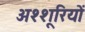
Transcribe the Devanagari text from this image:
अश्शूरियों